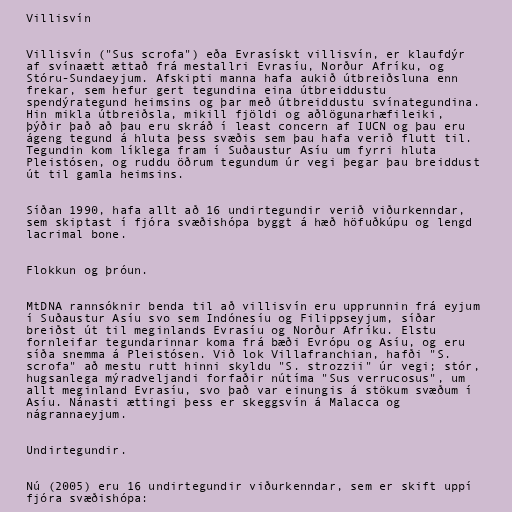
Villisvín

Villisvín ("Sus scrofa") eða Evrasískt villisvín, er klaufdýr
af svínaætt ættað frá mestallri Evrasíu, Norður Afríku, og
Stóru-Sundaeyjum. Afskipti manna hafa aukið útbreiðsluna enn
frekar, sem hefur gert tegundina eina útbreiddustu
spendýrategund heimsins og þar með útbreiddustu svínategundina.
Hin mikla útbreiðsla, mikill fjöldi og aðlögunarhæfileiki,
þýðir það að þau eru skráð í least concern af IUCN og þau eru
ágeng tegund á hluta þess svæðis sem þau hafa verið flutt til.
Tegundin kom líklega fram í Suðaustur Asíu um fyrri hluta
Pleistósen, og ruddu öðrum tegundum úr vegi þegar þau breiddust
út til gamla heimsins.

Síðan 1990, hafa allt að 16 undirtegundir verið viðurkenndar,
sem skiptast í fjóra svæðishópa byggt á hæð höfuðkúpu og lengd
lacrimal bone.

Flokkun og þróun.

MtDNA rannsóknir benda til að villisvín eru upprunnin frá eyjum
í Suðaustur Asíu svo sem Indónesíu og Filippseyjum, síðar
breiðst út til meginlands Evrasíu og Norður Afríku. Elstu
fornleifar tegundarinnar koma frá bæði Evrópu og Asíu, og eru
síða snemma á Pleistósen. Við lok Villafranchian, hafði "S.
scrofa" að mestu rutt hinni skyldu "S. strozzii" úr vegi; stór,
hugsanlega mýradveljandi forfaðir nútíma "Sus verrucosus", um
allt meginland Evrasíu, svo það var einungis á stökum svæðum í
Asíu. Nánasti ættingi þess er skeggsvín á Malacca og
nágrannaeyjum.

Undirtegundir.

Nú (2005) eru 16 undirtegundir viðurkenndar, sem er skift uppí
fjóra svæðishópa: